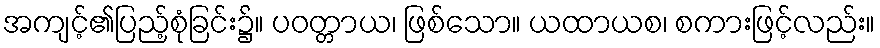
အကျင့်၏ပြည့်စုံခြင်း၌။ ပဝတ္တာယ၊ ဖြစ်သော။ ယထာယစ၊ စကားဖြင့်လည်း။